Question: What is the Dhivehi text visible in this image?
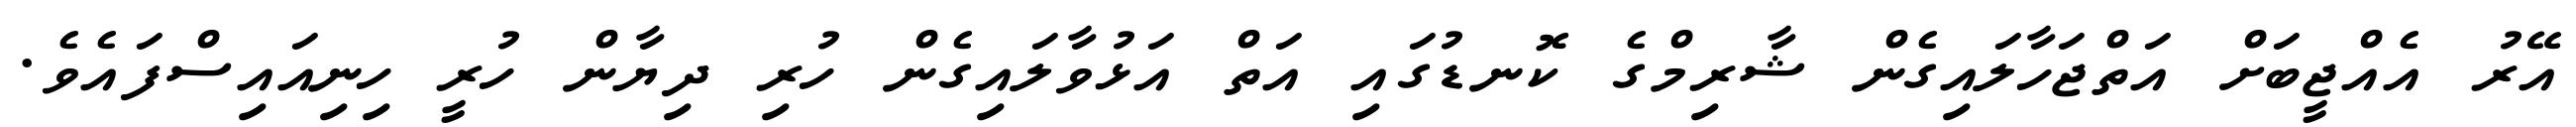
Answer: އޭރު އެއްޖީބަށް އަތްޖަހާލައިގެން ޝާރިމްގެ ކޮނޑުގައި އަތް އަޅުވާލައިގެން ހުރި ދިޔާން ހުރީ ހިނިއައިސްފައެވެ.